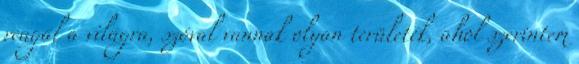
reagál a világra, szóval vannak olyan területek, ahol szerintem